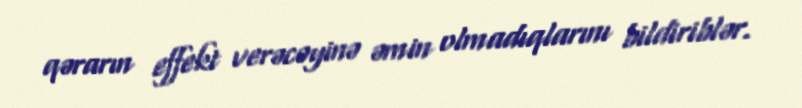
qərarın effekt verəcəyinə əmin olmadıqlarını bildiriblər.